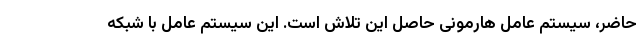
حاضر، سیستم عامل هارمونی حاصل این تلاش است. این سیستم عامل با شبکه